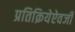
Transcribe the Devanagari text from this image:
प्रतिक्रियेऐवजी